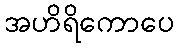
အဟိရိကောပေ